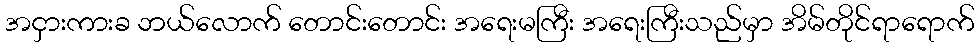
အငှားကားခ ဘယ်လောက် တောင်းတောင်း အရေးမကြီး အရေးကြီးသည်မှာ အိမ်တိုင်ရာရောက်